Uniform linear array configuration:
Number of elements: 64
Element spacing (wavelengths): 1
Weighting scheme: exponential
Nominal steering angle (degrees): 45
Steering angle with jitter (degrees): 44.878
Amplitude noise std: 0.05
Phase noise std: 0.05

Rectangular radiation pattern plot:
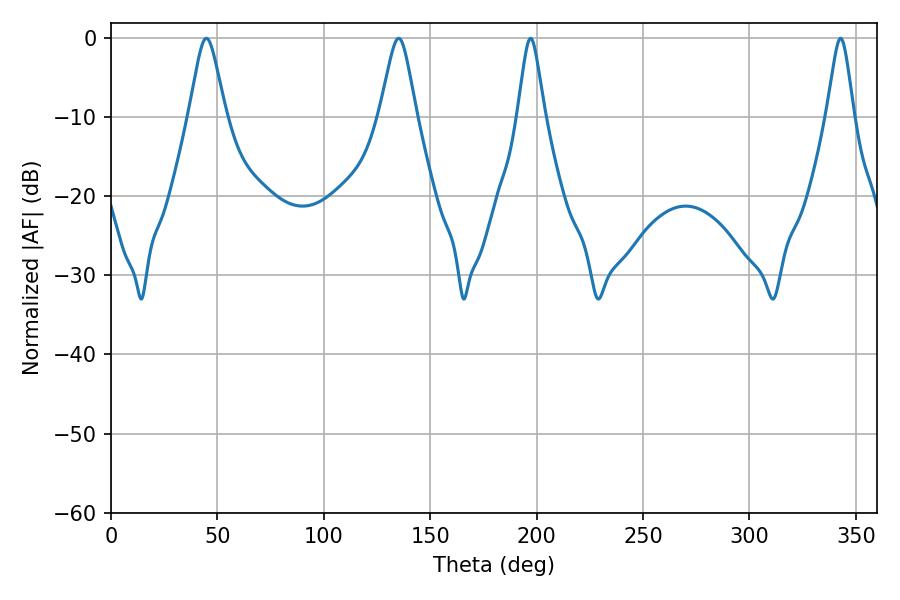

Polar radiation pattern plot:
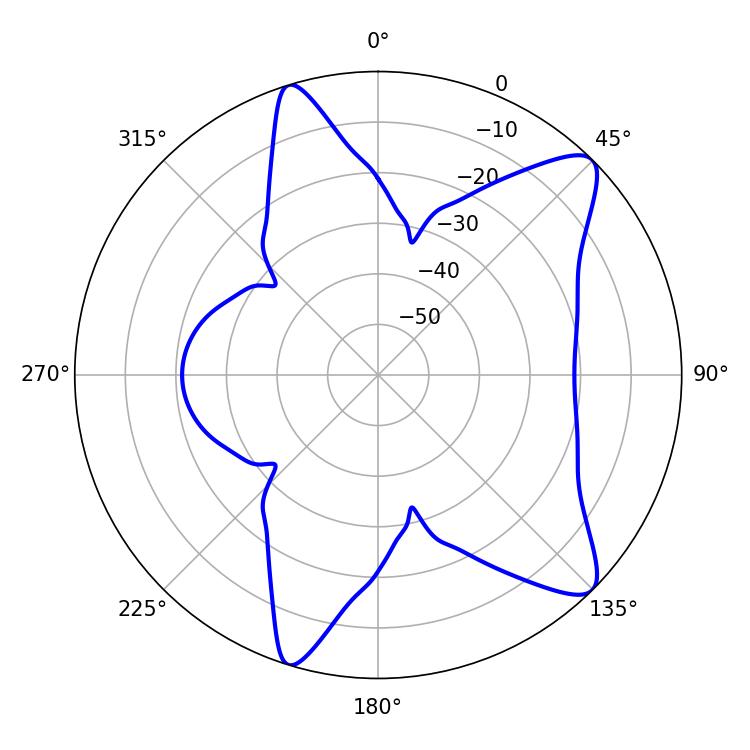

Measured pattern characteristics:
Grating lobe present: TRUE
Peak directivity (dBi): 10.511
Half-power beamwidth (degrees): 8.1
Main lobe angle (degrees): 135.18